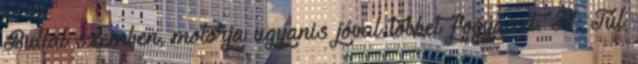
Bullal szemben, motorja ugyanis jóval többet fogyaszt. F1: Túl